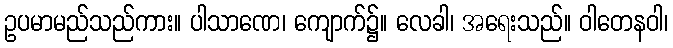
ဥပမာမည်သည်ကား။ ပါသာဏေ၊ ကျောက်၌။ လေခါ၊ အရေးသည်။ ဝါတေနဝါ၊